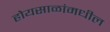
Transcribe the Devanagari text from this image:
होयसाळांमधील